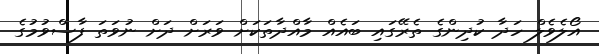
އޯލެވެލް ހަދާ ކުދިންގެ ތެރޭގައި ބައެއް މާއްދާތަކަށް ވަރަށް ދަށް ނުވަތަ ފާސްވުމުގެ